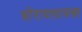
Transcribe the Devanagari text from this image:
घोरायलायसा